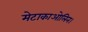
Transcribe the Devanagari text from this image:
मेटाकाओलिन।